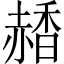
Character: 𧹰